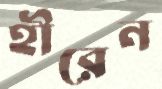
হীরেন